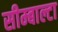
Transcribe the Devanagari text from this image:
सीम्बाल्टा